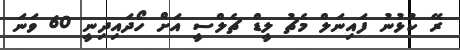
ރޭ ކުޅުނު ފައިނަލް މެޗު ލީޑް ޗެލްސީ އަށް ހޯދައިދިނީ 60 ވަނަ